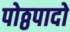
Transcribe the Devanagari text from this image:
पोठ्ठपादो